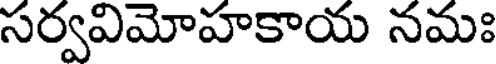
సర్వవిమోహకాయ నమః